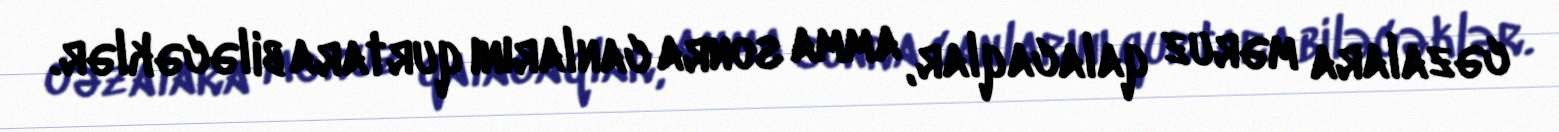
cəzalara məruz qalacaqlar, amma sonra canlarını qurtara biləcəklər.